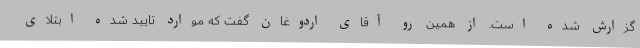
گزارش شده است. از همین رو آقای اردوغان گفت که موارد تایید شده‌ ابتلای